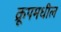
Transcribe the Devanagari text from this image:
क्रूपमधील